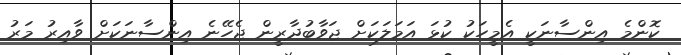
ކޮންމެ އިންސާނަކީ އެމީހަކު ކުޅަ އަމަލަކަށް ޖަވާބުދާރީން ޖެހޭނެ އިންސާނަކަށް ވާއިރު މަރު